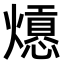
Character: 𤐾